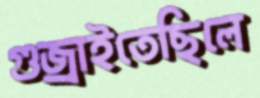
গুজ্‌রাইতেছিলে